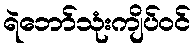
ရဲဘော်သုံးကျိပ်ဝင်